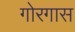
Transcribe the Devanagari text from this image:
गोरगास